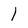
Character: 1